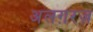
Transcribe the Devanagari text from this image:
अलग़रज़